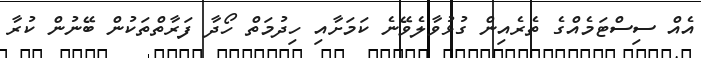
އެއް ސިސްޓަމެއްގެ ތެރެއިން ގުޅުވާލެވޭނެ ކަމަށާއި ހިދުމަތް ހޯދާ ފަރާތްތަކުން ބޭނުން ކުރާ